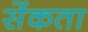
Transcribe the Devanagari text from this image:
सेंकता